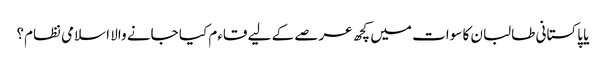
یا پاکستانی طالبان کا سوات میں کچھ عرصے کے لیے قاءم کیا جانے والا اسلامی نظام؟